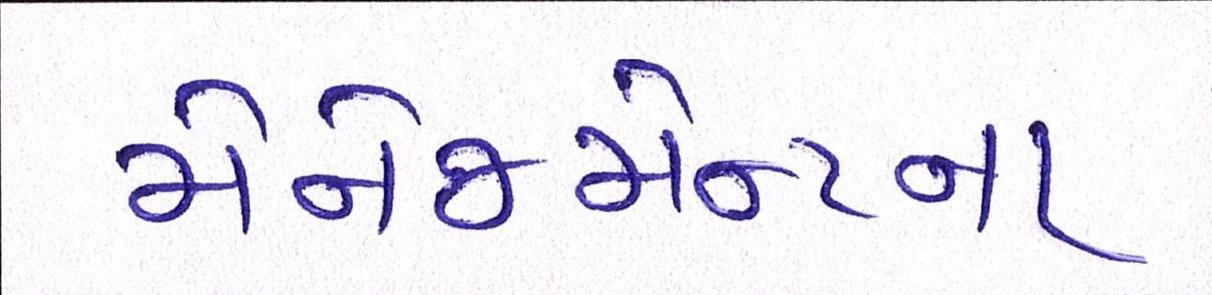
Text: મેનેજમેન્ટના